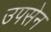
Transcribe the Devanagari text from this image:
उपसेन